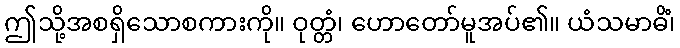
ဤသို့အစရှိသောစကားကို။ ဝုတ္တံ၊ ဟောတော်မူအပ်၏။ ယံသမာဓိံ၊